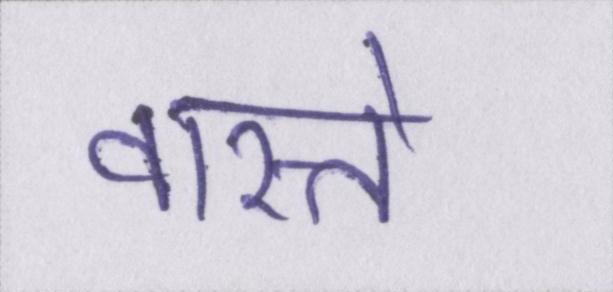
वास्ते